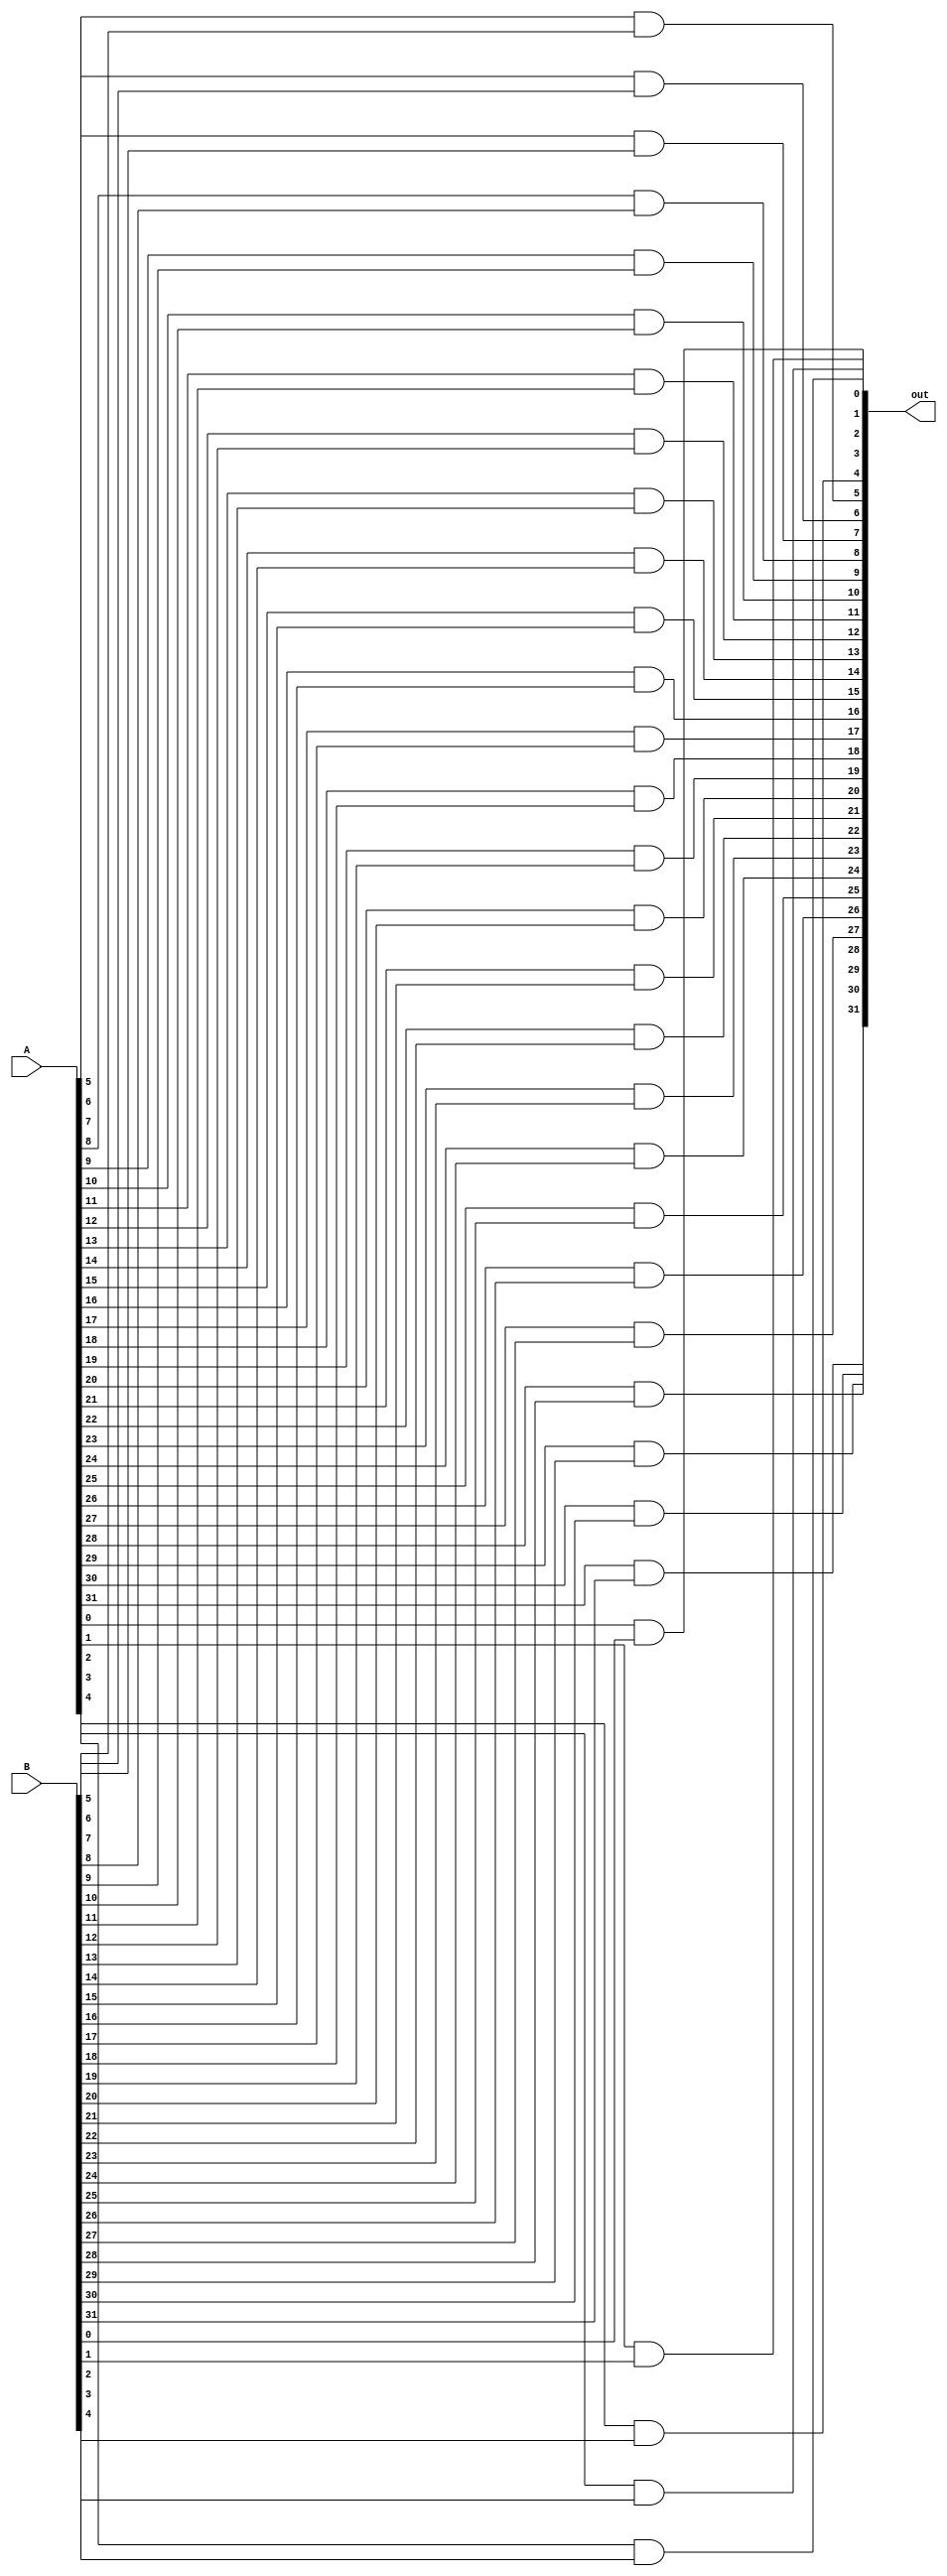
module bitwise_and(out, A, B);
    input [31:0] A, B;
    output [31:0] out;
    
    and GATE0(out[0], A[0], B[0]);
    and GATE1(out[1], A[1], B[1]);
    and GATE2(out[2], A[2], B[2]);
    and GATE3(out[3], A[3], B[3]);
    and GATE4(out[4], A[4], B[4]);
    and GATE5(out[5], A[5], B[5]);
    and GATE6(out[6], A[6], B[6]);
    and GATE7(out[7], A[7], B[7]);
    and GATE8(out[8], A[8], B[8]);
    and GATE9(out[9], A[9], B[9]);
    and GATE10(out[10], A[10], B[10]);
    and GATE11(out[11], A[11], B[11]);
    and GATE12(out[12], A[12], B[12]);
    and GATE13(out[13], A[13], B[13]);
    and GATE14(out[14], A[14], B[14]);
    and GATE15(out[15], A[15], B[15]);
    and GATE16(out[16], A[16], B[16]);
    and GATE17(out[17], A[17], B[17]);
    and GATE18(out[18], A[18], B[18]);
    and GATE19(out[19], A[19], B[19]);
    and GATE20(out[20], A[20], B[20]);
    and GATE21(out[21], A[21], B[21]);
    and GATE22(out[22], A[22], B[22]);
    and GATE23(out[23], A[23], B[23]);
    and GATE24(out[24], A[24], B[24]);
    and GATE25(out[25], A[25], B[25]);
    and GATE26(out[26], A[26], B[26]);
    and GATE27(out[27], A[27], B[27]);
    and GATE28(out[28], A[28], B[28]);
    and GATE29(out[29], A[29], B[29]);
    and GATE30(out[30], A[30], B[30]);
    and GATE31(out[31], A[31], B[31]);

endmodule